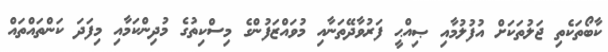
ކާބޯތަކެތި ޖަލުތަކަށް އުފުލުމާއި ޞިއްޙީ ފަރުވާދޭތަނާއި މުވައްޒަފުންގެ މިސްކިތުގެ މުދިންކަމާއި މިފަދަ ކަންތައްތައް